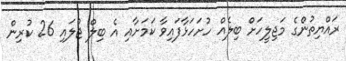
ރައްޔިތުންގެ މަޖިލީހަށް ބިލެއް ހުށަހަޅާފައިވާ ކަމަށާއި އެ ބިލް ޖުލައި 26 ކުރިން